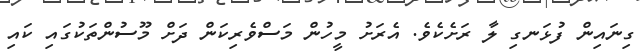
ގިނައިން ފުޅަނގި ލާ ރަށެކެވެ. އެރަށު މީހުން މަސްވެރިކަން ދަށް މޫސުންތަކުގައި ކައި